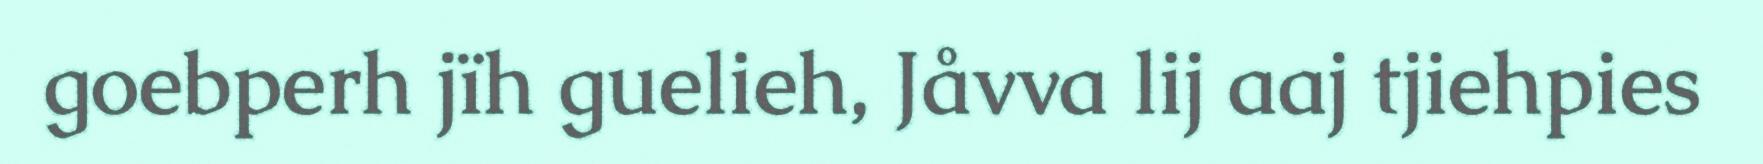
goebperh jïh guelieh, Jåvva lij aaj tjiehpies